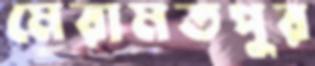
মেরামতপুর